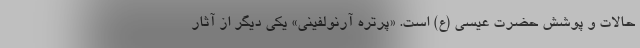
حالات و پوشش حضرت عیسی (ع) است. «پرتره آرنولفینی» یکی دیگر از آثار